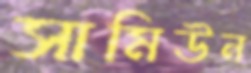
সামিউন